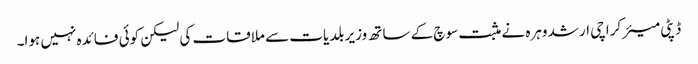
ڈپٹی میئر کراچی ارشد وہرہ نے مثبت سوچ کے ساتھ وزیر بلدیات سے ملاقات کی لیکن کوئی فائدہ نہیں ہوا۔